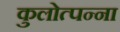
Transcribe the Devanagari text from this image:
कुलोत्पन्ना